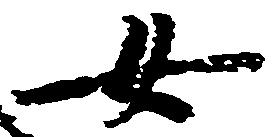
女